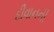
દીવાનની